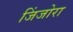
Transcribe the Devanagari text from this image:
जिंजोरा